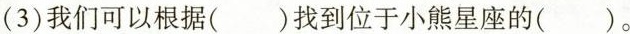
(3)我们可以根据( )找到位于小熊星座的( )。